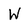
Character: W